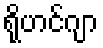
ရိုဟင်ဂျာ